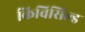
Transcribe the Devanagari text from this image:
किविसिल्ड